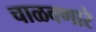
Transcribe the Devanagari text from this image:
चाळवणारे